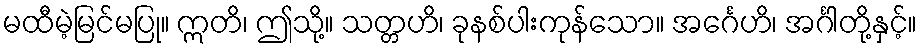
မထီမဲ့မြင်မပြု။ ဣတိ၊ ဤသို့။ သတ္တဟိ၊ ခုနစ်ပါးကုန်သော။ အင်္ဂေဟိ၊ အင်္ဂါတို့နှင့်။